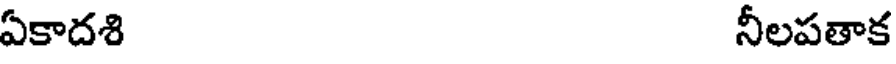
ఏకాదశి నీలపతాక